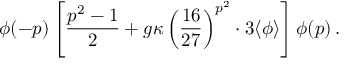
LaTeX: \phi ( - p ) \left[ \frac { p ^ { 2 } - 1 } { 2 } + g \kappa \left( \frac { 1 6 } { 2 7 } \right) ^ { p ^ { 2 } } \cdot 3 \langle \phi \rangle \right] \phi ( p ) \, .